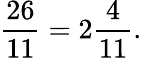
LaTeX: {\frac{26}{11}}=2{\frac{4}{11}}.